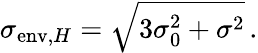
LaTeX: \sigma_{\mathrm{env},H}=\sqrt{3\sigma_{0}^{2}+\sigma^{2}}\, .